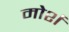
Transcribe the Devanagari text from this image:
मोर्श